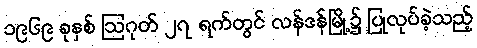
၁၉၆၉ ခုနှစ် ဩဂုတ် ၂၇ ရက်တွင် လန်ဒန်မြို့၌ ပြုလုပ်ခဲ့သည့်